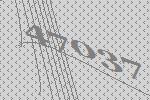
47037